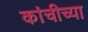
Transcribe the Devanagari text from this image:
कांचीच्या